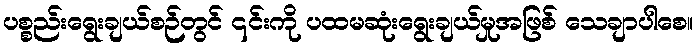
ပစ္စည်းရွေးချယ်စဉ်တွင် ၎င်းကို ပထမဆုံးရွေးချယ်မှုအဖြစ် သေချာပါစေ။